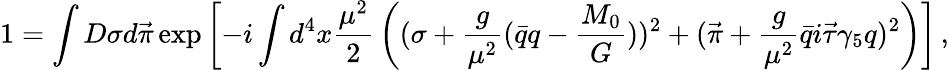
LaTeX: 1=\int D\sigma d\vec{\pi}\exp\left[-i\int d^{4}x{\frac{\mu^{2}}{2}}\left((\sigma+{\frac{g}{\mu^{2}}}(\bar{q}q-{\frac{M_{0}}{G}}))^{2}+(\vec{\pi}+{\frac{g}{\mu^{2}}}\bar{q}i\vec{\tau}\gamma_{5}q)^{2}\right)\right]\, ,